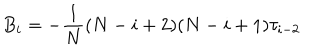
B _ { i } = - \frac 1 N ( N - i + 2 ) ( N - i + 1 ) \tau _ { i - 2 }